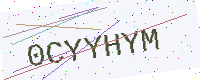
Text: 0CYYHYM